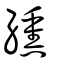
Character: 纁